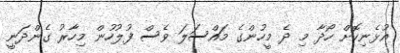
އުޅެނިކޮށް ހޯދާ މި ދެ މީހުންގެ މައްސަލަ ވެސް ފުލުހުން މިހާރު ގެންދަނީ